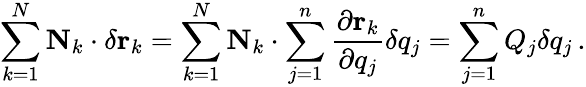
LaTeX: \sum_{k=1}^{N}\mathbf{N}_{k}\cdot\delta\mathbf{r}_{k}=\sum_{k=1}^{N}\mathbf{N}_{k}\cdot\sum_{j=1}^{n}{\frac{\partial\mathbf{r}_{k}}{\partial q_{j}}}\delta q_{j}=\sum_{j=1}^{n}Q_{j}\delta q_{j}\, .